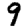
Digit: 9